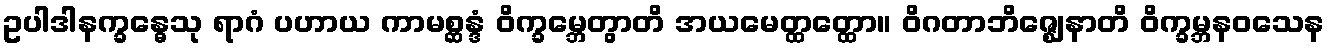
ဥပါဒါနက္ခန္ဓေသု ရာဂံ ပဟာယ ကာမစ္ဆန္ဒံ ဝိက္ခမ္ဘေတွာတိ အယမေတ္ထတ္ထော။ ဝိဂတာဘိဇ္ဈေနာတိ ဝိက္ခမ္ဘနဝသေန